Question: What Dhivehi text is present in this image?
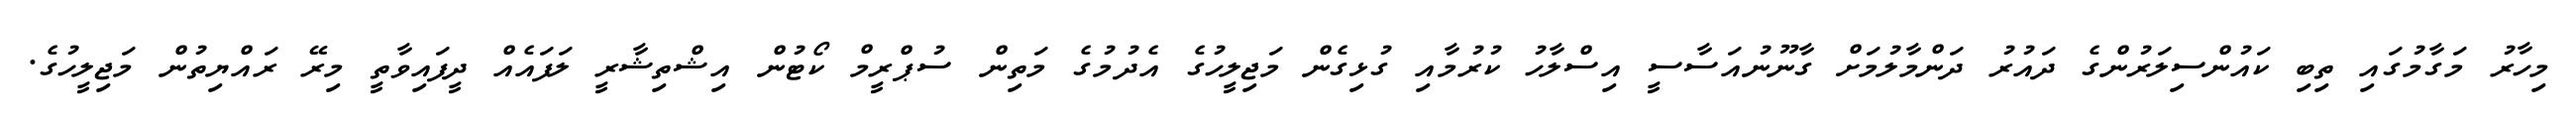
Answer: މިހާރު މަގާމުގައި ތިބި ކައުންސިލަރުންގެ ދައުރު ދަންމާލުމަށް ގާނޫނުއަސާސީ އިސްލާހު ކުރުމާއި ގުޅިގެން މަޖިލީހުގެ އެދުމުގެ މަތިން ސުޕްރީމް ކޯޓުން އިޝްތިޝާރީ ލަފައެއް ދީފައިވާތީ މިރޭ ރައްޔިތުން މަޖިލީހުގެ.